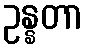
ဥန္နတာ